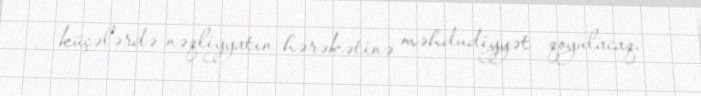
küçələrdə nəqliyyatın hərəkətinə məhdudiyyət qoyulacaq.